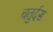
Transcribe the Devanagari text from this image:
चतुर्दस